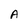
Character: A